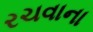
રચવાના